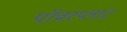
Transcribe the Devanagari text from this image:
पॉवरप्लांट